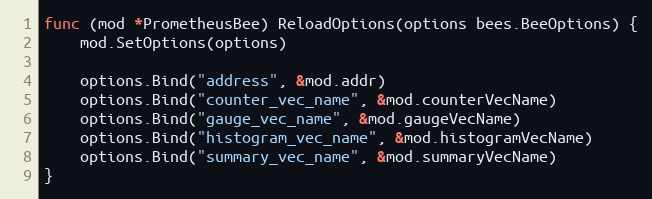
Language: Go
func (mod *PrometheusBee) ReloadOptions(options bees.BeeOptions) {
	mod.SetOptions(options)

	options.Bind("address", &mod.addr)
	options.Bind("counter_vec_name", &mod.counterVecName)
	options.Bind("gauge_vec_name", &mod.gaugeVecName)
	options.Bind("histogram_vec_name", &mod.histogramVecName)
	options.Bind("summary_vec_name", &mod.summaryVecName)
}